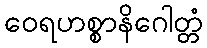
ဝေရဟစ္စာနိဂေါတ္တံ